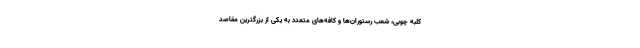
کلبه چوبی، شعب رستوران‌ها و کافه‌های متعدد به یکی از بزرگترین مقاصد